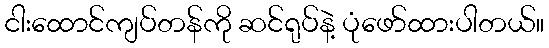
ငါးထောင်ကျပ်တန်ကို ဆင်ရုပ်နဲ့ ပုံဖော်ထားပါတယ်။